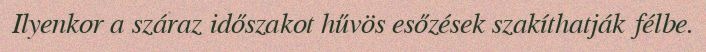
Ilyenkor a száraz időszakot hűvös esőzések szakíthatják félbe.